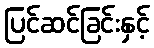
ပြင်ဆင်ခြင်းနှင့်